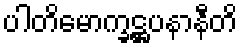
ပါတိမောက္ခဋ္ဌပနာနီတိ